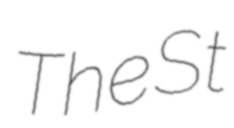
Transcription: The St